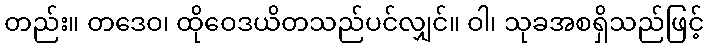
တည်း။ တဒေဝ၊ ထိုဝေဒယိတသည်ပင်လျှင်။ ဝါ၊ သုခအစရှိသည်ဖြင့်